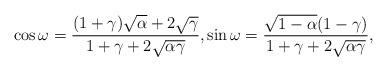
LaTeX: \begin{align*}\cos\omega=\frac{(1+\gamma)\sqrt{\alpha}+2\sqrt{\gamma}}{1+\gamma+2\sqrt{\alpha\gamma}},\sin\omega= \frac{\sqrt{1-\alpha}(1-\gamma)}{1+\gamma+2\sqrt{\alpha\gamma}},\end{align*}